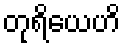
တုရိယေဟိ